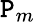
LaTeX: \mathtt{P}_{m}